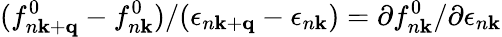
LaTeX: (f_{n\mathbf k+\mathbf q}^{0}-f_{n\mathbf k}^{0})/(\epsilon_{n\mathbf k+\mathbf q}-\epsilon_{n\mathbf k})=\partial f_{n\mathbf k}^{0}/\partial\epsilon_{n\mathbf k}